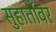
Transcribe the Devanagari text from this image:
सुहार्तोवर